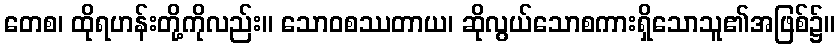
တေစ၊ ထိုရဟန်းတို့ကိုလည်း။ သောဝစဿတာယ၊ ဆိုလွယ်သောစကားရှိသောသူ၏အဖြစ်၌။